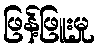
ဖြန့်ဖြူးမှု